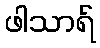
ဖါသာရ်